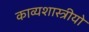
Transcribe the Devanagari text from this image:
काव्यशास्त्रीयो